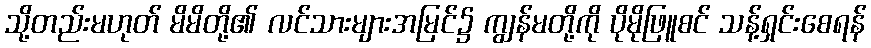
သို့တည်းမဟုတ် မိမိတို့၏ လင်သားများအမြင်၌ ကျွန်မတို့ကို ပိုမိုဖြူစင် သန့်ရှင်းစေရန်